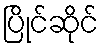
ပြိုင်ဆိုင်